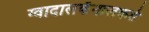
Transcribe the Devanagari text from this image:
ग्वादालकॅनालकडे